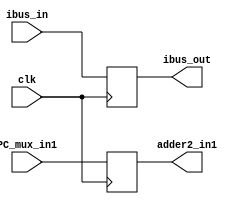
`timescale 1ns / 1ps
//////////////////////////////////////////////////////////////////////////////////
// Aryan Mehrotra
// 
// Module Name: IF_ID_DFF
// Description: D Flip-Flop from instruction fetch to instruction decode stage
// Project Name: Final Project
//////////////////////////////////////////////////////////////////////////////////


module IF_ID_DFF(ibus_in, clk, PC_mux_in1, ibus_out, adder2_in1);
    input [31:0] ibus_in;
    input clk; 
    input [63:0] PC_mux_in1;
    output reg [31:0] ibus_out;
    output reg [63:0] adder2_in1;
    
    always@(posedge clk) begin
        ibus_out = ibus_in; 
        adder2_in1 = PC_mux_in1; 
    end
    
endmodule